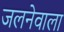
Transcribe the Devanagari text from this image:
जलनेवाला